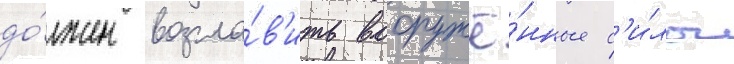
до́лжен возгла́в'ить вооружё́нные с'и́лы